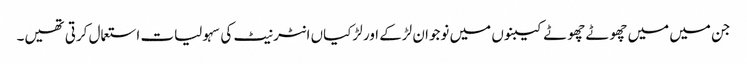
جن میں میں چھوٹے چھوٹے کیبنوں میں نوجوان لڑکے اور لڑکیاں انٹر نیٹ کی سہولیات استعمال کرتی تھیں۔